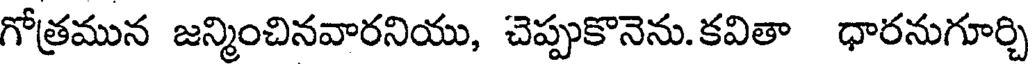
గోత్రమున జన్మించినవారనియు, చెప్పుకొనెను.కవితా ధారనుగూర్చి